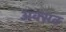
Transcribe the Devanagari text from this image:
अक्सत